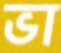
ভা